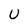
Character: U